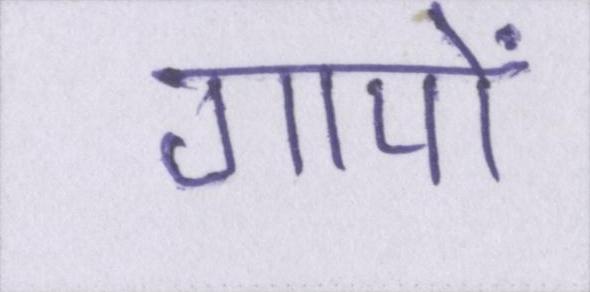
गायों